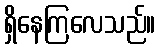
ရှိနေကြလေသည်။